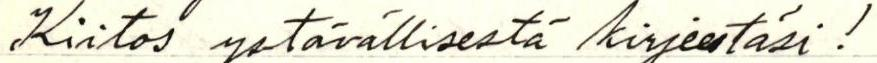
Kiitos ystävällisestä kirjeestäsi!